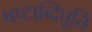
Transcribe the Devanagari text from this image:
षष्टाब्दिपूर्ति